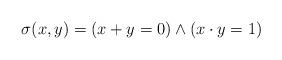
LaTeX: \begin{align*}\sigma(x,y)=(x+ y=0) \wedge (x\cdot y=1)\end{align*}